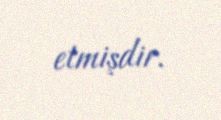
etmişdir.